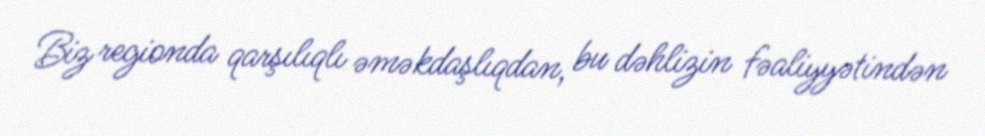
Biz regionda qarşılıqlı əməkdaşlıqdan, bu dəhlizin fəaliyyətindən